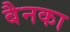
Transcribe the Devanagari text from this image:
बैनका